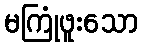
မကြုံဖူးသော